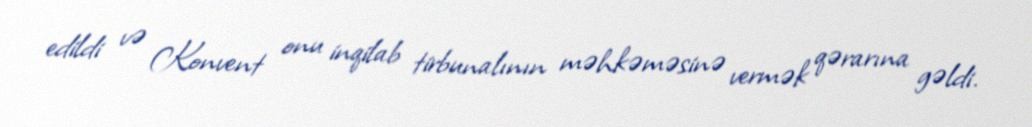
edildi və Konvent onu inqilab tirbunalının məhkəməsinə vermək qərarına gəldi.